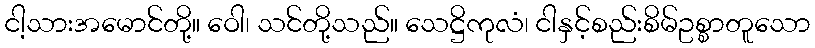
ငါ့သားအမောင်တို့။ ဝေါ၊ သင်တို့သည်။ သေဋ္ဌိကုလံ၊ ငါနှင့်စည်းစိမ်ဥစ္စာတူသော